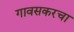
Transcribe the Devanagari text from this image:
गावसकरचा